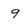
Character: 9